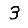
Digit: 3